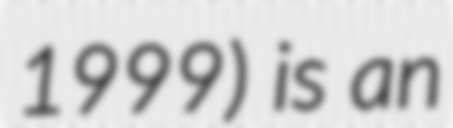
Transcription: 1999) is an